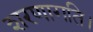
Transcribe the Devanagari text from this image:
शरणागति।